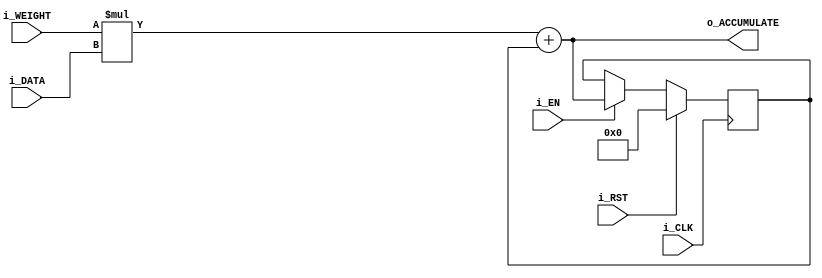
module mac #(
        parameter INPUT_WIDTH =  8, 
        parameter OUTPUT_WIDTH = 32
    ) (
    input wire i_CLK,                               //Clock
    input wire i_RST,                               //Reset
    input wire i_EN,                                //Enable start counting 
    input wire [INPUT_WIDTH - 1:0] i_WEIGHT,        //Input Weight 
    input wire [INPUT_WIDTH - 1:0] i_DATA,          //Input Data 
    output wire [OUTPUT_WIDTH - 1:0] o_ACCUMULATE    //Output Accumulation
    );


    wire [(INPUT_WIDTH *2) - 1:0] s_mult;
    wire [OUTPUT_WIDTH - 1:0] s_accumulate;
    reg [OUTPUT_WIDTH - 1:0] s_last_accumulate;


    always @(posedge i_CLK) begin
        if(i_RST) begin                             //Asynch reset                          
            s_last_accumulate <= 0;                 //Reset accumulation to 0
        end 
        else if(i_EN) begin                         //if i_EN asserted, start counting
            s_last_accumulate <= s_accumulate;
        end
    end

    assign s_mult = i_WEIGHT * i_DATA;
    assign s_accumulate = s_mult + s_last_accumulate;
    assign o_ACCUMULATE = s_accumulate;

endmodule
`default_nettype wire